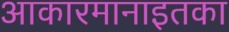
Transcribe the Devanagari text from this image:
आकारमानाइतका